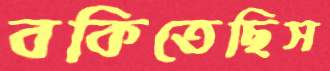
বকিতেছিস